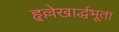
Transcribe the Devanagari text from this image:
हृल्लेखार्द्धभूता